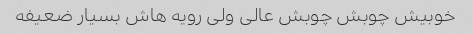
خوبیش چوبش چوبش عالی ولی رویه هاش بسیار ضعیفه